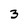
Character: 3